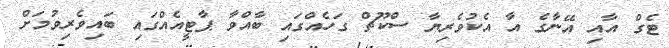
ޓެގް އާއި އޭނާގެ އާ އެކުވެރިޔާ ސްކޫޗް ގަހެއްގައި ބާއްވާ ޕާޓީއެއްގައި ބައިވެރިވުމަށް